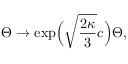
\Theta \to \exp \! \Big ( \sqrt { \frac { 2 \kappa } { 3 } } c \Big ) \Theta ,